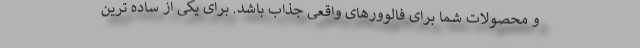
و محصولات شما برای فالوورهای واقعی جذاب باشد. برای یکی از ساده ترین